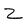
Character: Z